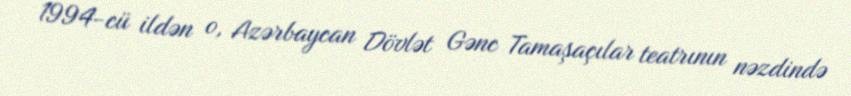
1994-cü ildən o, Azərbaycan Dövlət Gənc Tamaşaçılar teatrının nəzdində